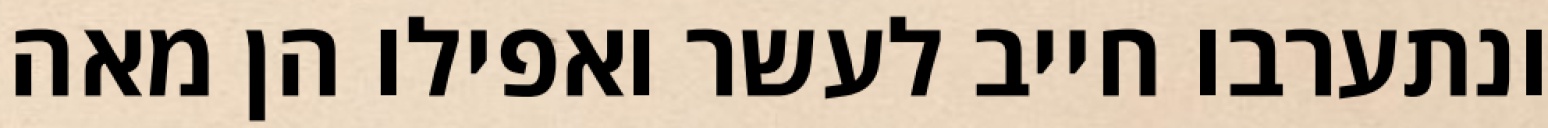
ונתערבו חייב לעשר ואפילו הן מאה